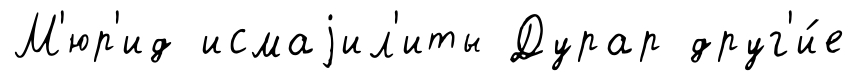
М'юр'ид исмаjил'иты Дурар друг'и́е